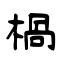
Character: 楇